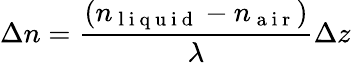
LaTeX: \Delta n=\frac{(n_{\mathrm{~l~i~q~u~i~d~}}-n_{\mathrm{~a~i~r~}})}{\lambda}\Delta z